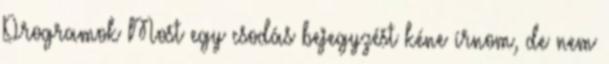
Programok Most egy csodás bejegyzést kéne írnom, de nem